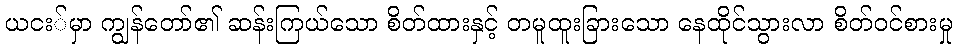
ယငး်မှာ ကျွန်တော်၏ ဆန်းကြယ်သော စိတ်ထားနှင့် တမူထူးခြားသော နေထိုင်သွားလာ စိတ်ဝင်စားမှု